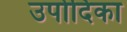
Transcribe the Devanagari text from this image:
उपोदिका